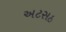
અટસઠ